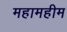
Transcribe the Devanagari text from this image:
महामहीम